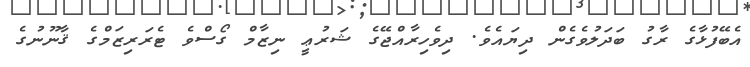
އެބޭފުޅާގެ ރާގު ބަދަލުވެގެން ދިޔައެވެ. ދިވެހިރާއްޖޭގެ ޝަރުޢީ ނިޒާމް ގޯސްވެ ޓެރަރިޒަމްގެ ޤާނޫނުގެ